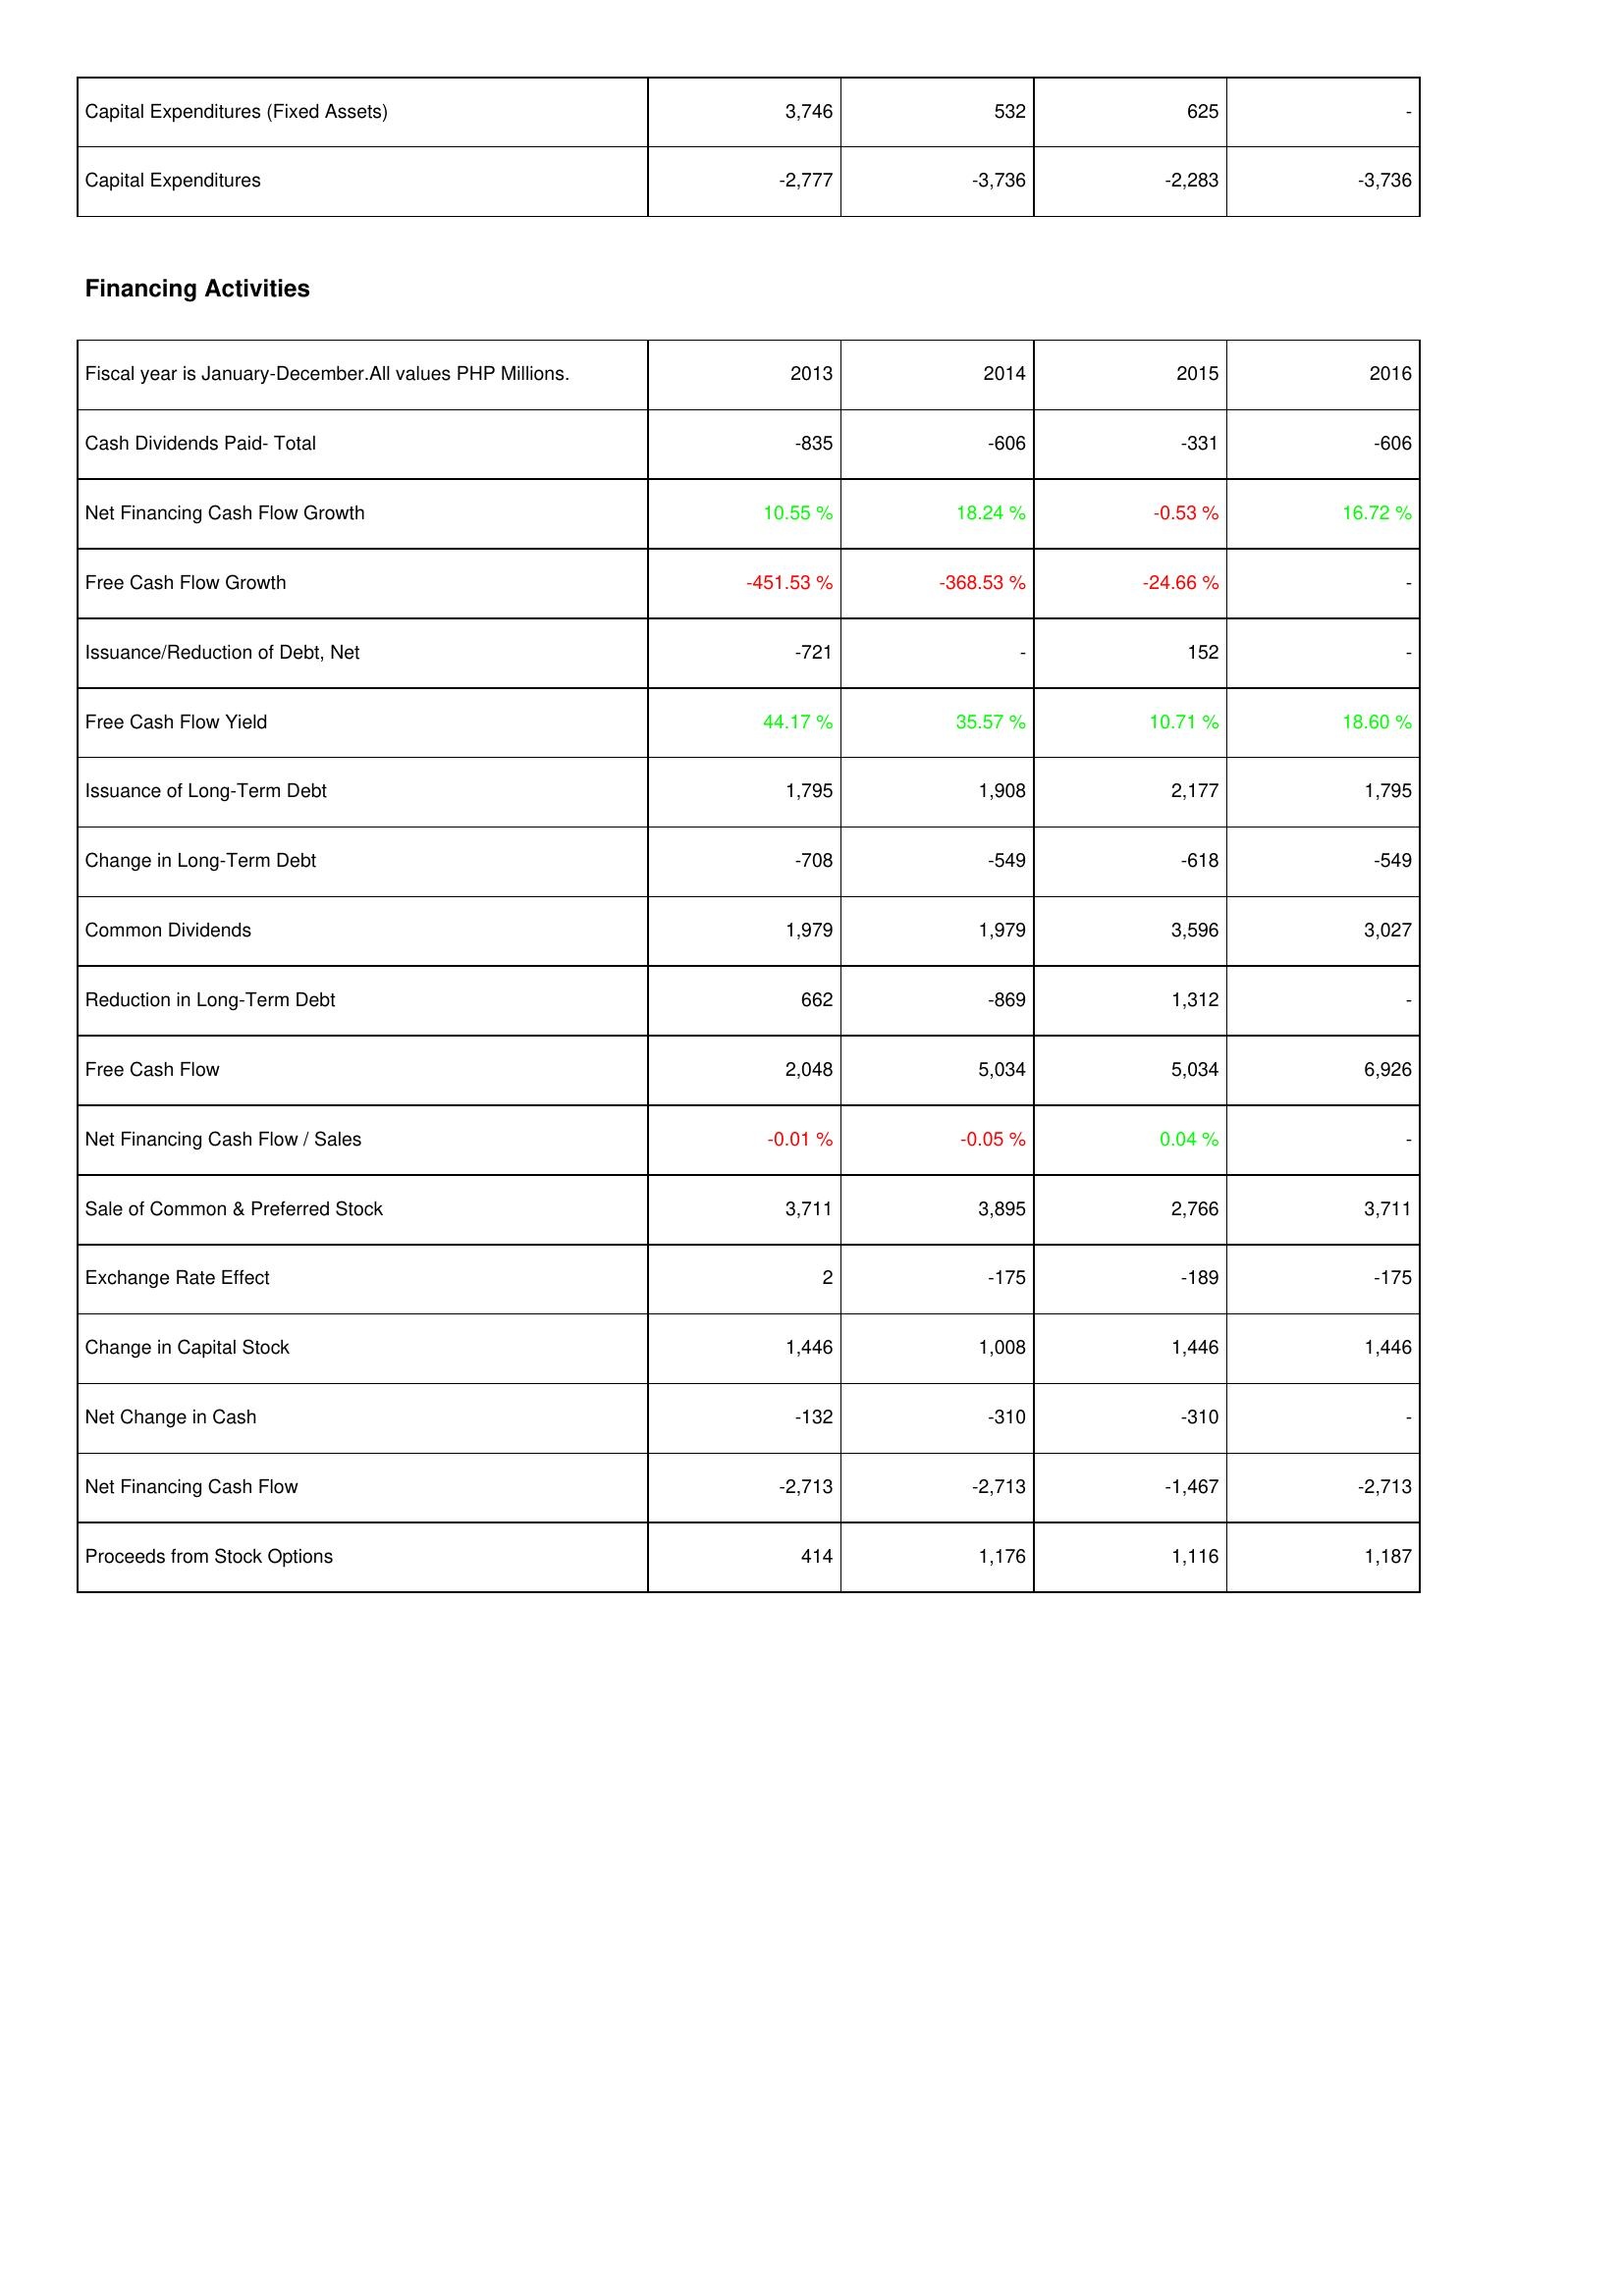
2013: Investing Activities: Capital Expenditures (Fixed Assets): 3,746
Capital Expenditures: -2,777
Financing Activities: Cash Dividends Paid- Total: -835
Net Financing Cash Flow Growth: 10.55 %
Free Cash Flow Growth: -451.53 %
Issuance/Reduction of Debt, Net: -721
Free Cash Flow Yield: 44.17 %
Issuance of Long-Term Debt: 1,795
Change in Long-Term Debt: -708
Common Dividends: 1,979
Reduction in Long-Term Debt: 662
Free Cash Flow: 2,048
Net Financing Cash Flow / Sales: -0.01 %
Sale of Common & Preferred Stock: 3,711
Exchange Rate Effect: 2
Change in Capital Stock: 1,446
Net Change in Cash: -132
Net Financing Cash Flow: -2,713
Proceeds from Stock Options: 414
2014: Investing Activities: Capital Expenditures (Fixed Assets): 532
Capital Expenditures: -3,736
Financing Activities: Cash Dividends Paid- Total: -606
Net Financing Cash Flow Growth: 18.24 %
Free Cash Flow Growth: -368.53 %
Issuance/Reduction of Debt, Net: -
Free Cash Flow Yield: 35.57 %
Issuance of Long-Term Debt: 1,908
Change in Long-Term Debt: -549
Common Dividends: 1,979
Reduction in Long-Term Debt: -869
Free Cash Flow: 5,034
Net Financing Cash Flow / Sales: -0.05 %
Sale of Common & Preferred Stock: 3,895
Exchange Rate Effect: -175
Change in Capital Stock: 1,008
Net Change in Cash: -310
Net Financing Cash Flow: -2,713
Proceeds from Stock Options: 1,176
2015: Investing Activities: Capital Expenditures (Fixed Assets): 625
Capital Expenditures: -2,283
Financing Activities: Cash Dividends Paid- Total: -331
Net Financing Cash Flow Growth: -0.53 %
Free Cash Flow Growth: -24.66 %
Issuance/Reduction of Debt, Net: 152
Free Cash Flow Yield: 10.71 %
Issuance of Long-Term Debt: 2,177
Change in Long-Term Debt: -618
Common Dividends: 3,596
Reduction in Long-Term Debt: 1,312
Free Cash Flow: 5,034
Net Financing Cash Flow / Sales: 0.04 %
Sale of Common & Preferred Stock: 2,766
Exchange Rate Effect: -189
Change in Capital Stock: 1,446
Net Change in Cash: -310
Net Financing Cash Flow: -1,467
Proceeds from Stock Options: 1,116
2016: Investing Activities: Capital Expenditures (Fixed Assets): -
Capital Expenditures: -3,736
Financing Activities: Cash Dividends Paid- Total: -606
Net Financing Cash Flow Growth: 16.72 %
Free Cash Flow Growth: -
Issuance/Reduction of Debt, Net: -
Free Cash Flow Yield: 18.60 %
Issuance of Long-Term Debt: 1,795
Change in Long-Term Debt: -549
Common Dividends: 3,027
Reduction in Long-Term Debt: -
Free Cash Flow: 6,926
Net Financing Cash Flow / Sales: -
Sale of Common & Preferred Stock: 3,711
Exchange Rate Effect: -175
Change in Capital Stock: 1,446
Net Change in Cash: -
Net Financing Cash Flow: -2,713
Proceeds from Stock Options: 1,187